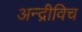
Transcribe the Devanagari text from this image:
अन्द्रीविच